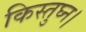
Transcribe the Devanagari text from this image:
किस्तुघ्न।